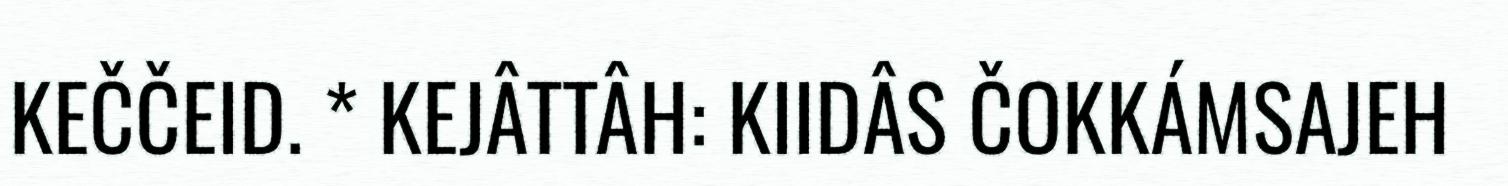
KEČČEID. * KEJÂTTÂH: KIIDÂS ČOKKÁMSAJEH